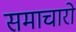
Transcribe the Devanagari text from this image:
समाचारो